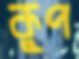
কুপ